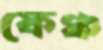
ফেঞ্চ